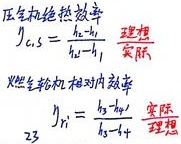
压气机绝热效率\(\eta_{c,s}=\frac{h_{2s}-h_{1}}{h_{2}-h_{1}}\)，\(\frac{\text{理想}}{\text{实际}}\)

燃气轮机相对内效率\(\eta_{ri}=\frac{h_{3}-h_{4}}{h_{3}-h_{4s}}\)，\(\frac{\text{实际}}{\text{理想}}\)